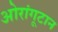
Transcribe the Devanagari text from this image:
ओरांगूटान